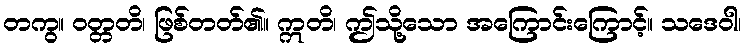
တကွ။ ဝတ္တတိ၊ ဖြစ်တတ်၏။ ဣတိ၊ ဤသို့သော အကြောင်းကြောင့်။ သဒေဝါ၊